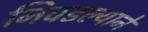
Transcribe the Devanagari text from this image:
निवडल्याने